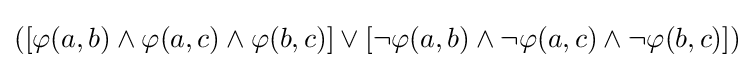
([\varphi (a,b)\land \varphi (a,c)\land \varphi (b,c)]\lor [\lnot \varphi (a,b)\land \lnot \varphi (a,c)\land \lnot \varphi (b,c)])